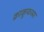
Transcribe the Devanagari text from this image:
क्राकूफच्या